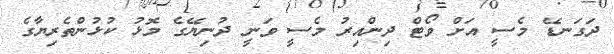
ދަގަނޑޭ މެސީ އަށް ވޯޓް ދިންއިރު މެސީ ވަނީ ދުނިޔޭގެ މޮޅު ކުޅުންތެރިޔާގެ